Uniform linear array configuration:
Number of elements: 16
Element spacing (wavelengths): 0.25
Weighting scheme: hamming
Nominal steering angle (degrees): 0
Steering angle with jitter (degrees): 1.677
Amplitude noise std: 0.05
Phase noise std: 0.05

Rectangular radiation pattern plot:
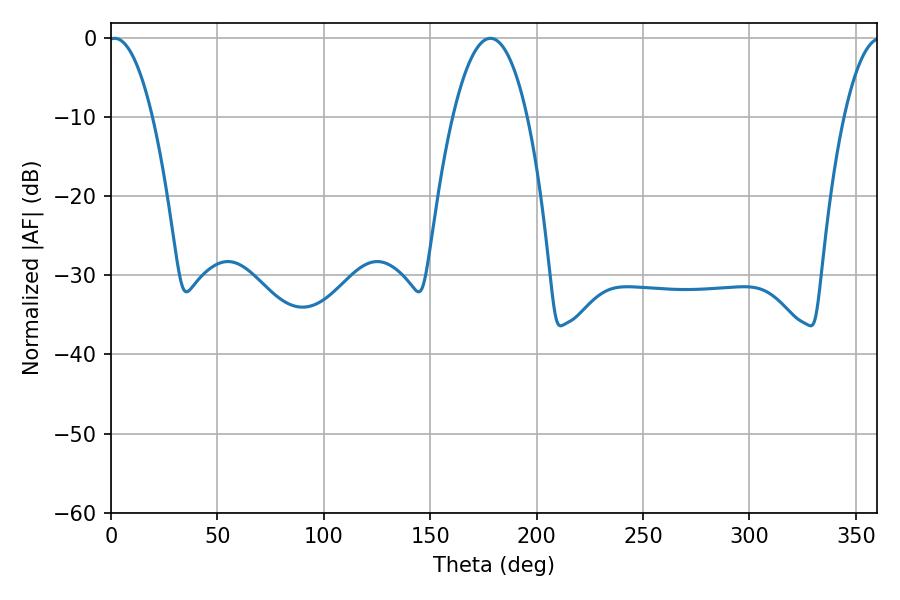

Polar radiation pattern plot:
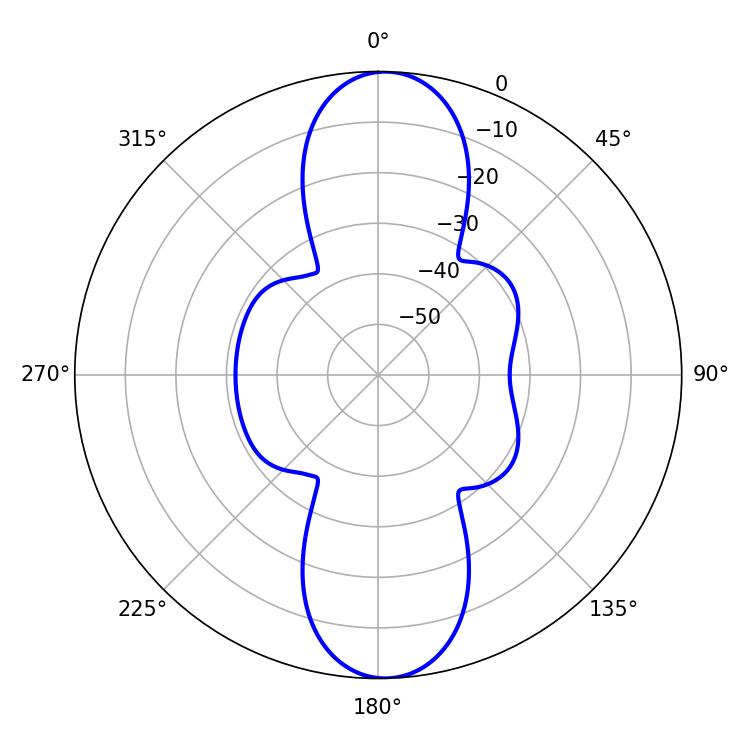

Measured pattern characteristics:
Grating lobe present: FALSE
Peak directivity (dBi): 19.256
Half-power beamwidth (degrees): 11.52
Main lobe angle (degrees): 1.62